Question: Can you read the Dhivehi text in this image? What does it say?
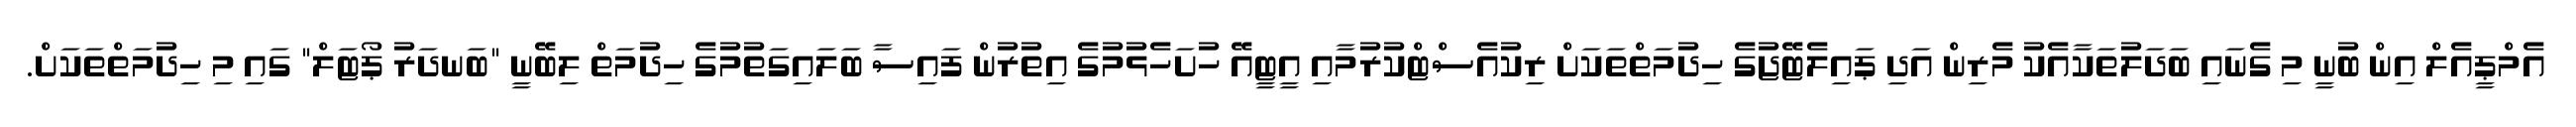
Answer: އެމްޕީއެލް އިން ބުނީ މި ގެނައި ބަދަލުތަކާއެކު މެރިން އަދި ޕައިލެޓޭޖުގެ ހިދުމަތްތަކަށް ރިކުއެސްޓްކުރުމާއި އީޓީއޭ ހުށަހެޅުމުގެ އިތުރުން ފައިސާ ބަލައިގަތުމުގެ ހިދުމަތް ލިބޭނީ "ބަނދަރު ޕޯޓަލް" ގައި މި ހިދުމަތްތަކަށް.